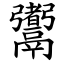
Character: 䰞